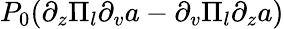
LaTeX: P_{0}(\partial_{z}\Pi_{l}\partial_{v}a-\partial_{v}\Pi_{l}\partial_{z}a)